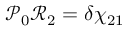
\mathcal { P } _ { 0 } \mathcal { R } _ { 2 } = \delta \chi _ { 2 1 }